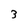
Character: 3